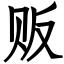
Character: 贩